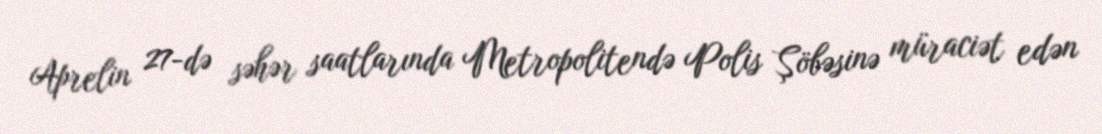
Aprelin 27-də səhər saatlarında Metropolitendə Polis Şöbəsinə müraciət edən